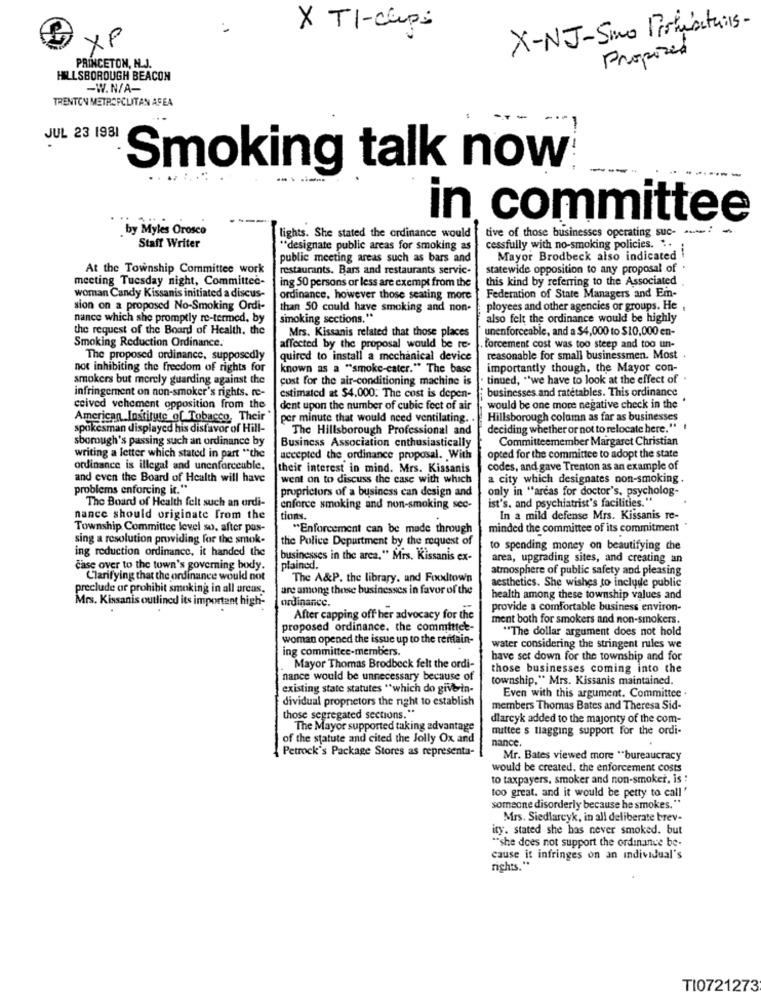
X TI-clips
X-NJ-Smo Pirhisituis-
XP
Proposed
PRINCETON, N.J.
HILLSBOROUGH BEACON
-W.N/A-
TRENTON METROPOLITAN AREA
JUL 23 1981
Smoking talk now
in committee
by Myles Orosco
lights. She stated the ordinance would
tive of those businesses operating suc-
Staff Writer
"designate public areas for smoking as
cessfully with no-smoking policies. ..
public meeting areas such as bars and
Mayor Brodbeck also indicated !
At the Township Committee work
restaurants. Bars and restaurants servic-
statewide opposition to any proposal of .
meeting Tuesday night, Committee-
this kind by referring to the Associated
woman Candy Kissanis initiated a discus-
ing 50 persons or less are exempt from the
Federation of State Managers and Em-
ordinance, however those seating more
sion on a proposed No-Smoking Ordi-
than 50 could have smoking and non-
ployees and other agencies or groups. He ,
nance which she promptly re-termed, by
smoking sections."
also felt the ordinance would be highly
the request of the Board of Health, the
Smoking Reduction Ordinance.
Mrs. Kissanis related that those places
unenforceable, and a $4,000 to $10,000 en-
affected by the proposal would be re-
forcement cost was too steep and too un-
The proposed ordinance, supposedly
quired to install a mechanical device
reasonable for small businessmen. Most .
not inhibiting the freedom of rights for
known as a "smoke-cater." The base
importantly though, the Mayor con-
smokers but merely guarding against the
cost for the air-conditioning machine is
tinued, "we have to look at the effect of .
infringement on non-smoker's rights. re-
businesses and ratetables. This ordinance
estimated at $4,000. The cost is depen-
ceived vehement opposition from the
dent upon the number of cubic feet of air
would be one more negative check in the
American Institute of Tobacco, Their
per minute that would need ventilating. .
Hillsborough column as far as businesses
spokesman displayed his distavor of Hill-
The Hillsborough Professional and
deciding whether or not to relocate here."
sborough's passing such an ordinance by
Business Association enthusiastically
Committeemember Margaret Christian
writing a letter which stated in part ** the
accepted the ordinance proposal. With
opted for the committee to adopt the state
ordinance is illegal and unenforceable,
their interest in mind. Mrs. Kissanis
codes, and gave Trenton as an example of
and even the Board of Health will have
went on to discuss the case with which
a city which designates non-smoking .
problems enforcing it."
proprictors of a business can design and
only in "areas for doctor's, psycholog-
The Board of Health felt such an ordi-
ist's. and psychiatrist's facilities."
enforce smoking and non-smoking sec-
nance should originate from the
tions.
In a mild defense Mrs. Kissanis re-
Township Committee level so. after pas-
** Enforcement can be made through
minded the committee of its commitment
sing a resolution providing for the smok-
the Police Department by the request of
ing reduction ordinance, it handed the
to spending money on beautifying che
businesses in the area," Mrs. Kissanis ex-
area, upgrading sites, and creating an
case over to the town's governing body.
plained.
atmosphere of public safety and pleasing
Clarifying that the ordinance would not
The A&P. the library, and Foodtown
aesthetics. She wishes to include public
preclude or prohibit smoking in all areas.
are among those businesses in favor of the
Mrs. Kissanis outlined its important high-
ordinance.
health among these township values and
provide a comfortable business environ-
After capping off her advocacy for the
ment both for smokers and non-smokers.
proposed ordinance. the committee-
"The dollar argument does not hold
woman opened the issue up to the remain-
ing committee-members.
water considering the stringent rules we
have set down for the township and for
Mayor Thomas Brodbeck felt the ordi-
those businesses coming into the
nance would be unnecessary because of
township." Mrs. Kissanis maintained.
existing state statutes "which do give in-
dividual proprietors the right to establish
Even with this argument. Committee .
members Thomas Bates and Theresa Sid-
those segregated sections."
dlarcyk added to the majority of the com-
The Mayor supported taking advantage
mittee s tagging support for the ordi-
of the statute and cited the Jolly Ox and
nance.
Petrock's Package Stores as representa-
Mr. Bates viewed more "bureaucracy
would be created. the enforcement costs
to taxpayers, smoker and non-smoker, is :
too great. and it would be petty to call '
someone disorderly because he smokes."
Mrs. Siedlareyk, in all deliberate brev-
ity. stated she has never smoked. but
""she does not support the ordinance be-
cause it infringes on an individual's
rights."
TI0721273